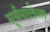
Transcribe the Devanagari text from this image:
सूर्यमालेला